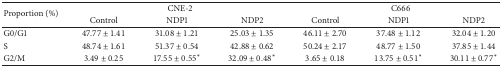
<table><thead><tr><td rowspan="2"><b>Proportion (%)</b></td><td colspan="3"><b>CNE-2</b></td><td colspan="3"><b>C666</b></td></tr><tr><td><b>Control</b></td><td><b>NDP1</b></td><td><b>NDP2</b></td><td><b>Control</b></td><td><b>NDP1</b></td><td><b>NDP2</b></td></tr></thead><tbody><tr><td>G0/G1 </td><td>47.77 ± 1.41</td><td>31.08 ± 1.21</td><td>25.03 ± 1.35</td><td>46.11 ± 2.70</td><td>37.48 ± 1.12</td><td>32.04 ± 1.20</td></tr><tr><td>S</td><td>48.74 ± 1.61</td><td>51.37 ± 0.54</td><td>42.88 ± 0.62</td><td>50.24 ± 2.17</td><td>48.77 ± 1.50</td><td>37.85 ± 1.44</td></tr><tr><td>G2/M</td><td>3.49 ± 0.25</td><td>17.55 ± 0.55*</td><td>32.09 ± 0.48*</td><td>3.65 ± 0.18</td><td>13.75 ± 0.51*</td><td>30.11 ± 0.77*</td></tr></tbody></table>